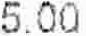
5.00